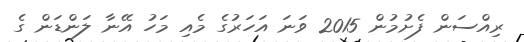
ރިއްސަން ފެށުމުން 2015 ވަނަ އަހަރުގެ މެއި މަހު އޭނާ ލަންޑަން ގެ